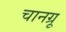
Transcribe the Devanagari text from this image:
चानग्रू